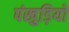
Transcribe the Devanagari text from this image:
पंखुड़ियो